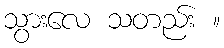
သွားလေ သတည်း ။